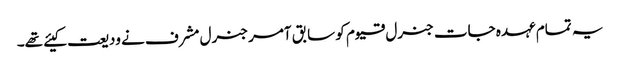
یہ تمام عہدہ جات جنرل قیوم کو سابق آمر جنرل مشرف نے ودیعت کیئے تھے۔